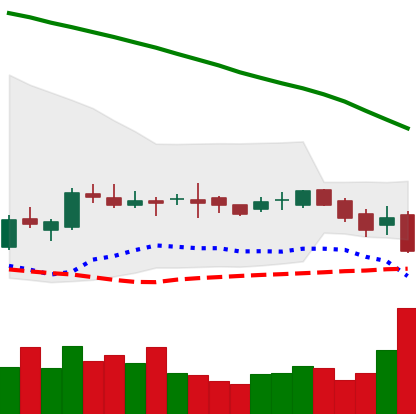
Ticker: LTC-USD
Chart end date: 2016-10-12
Forward return: 4.043%
Label: up_3_5